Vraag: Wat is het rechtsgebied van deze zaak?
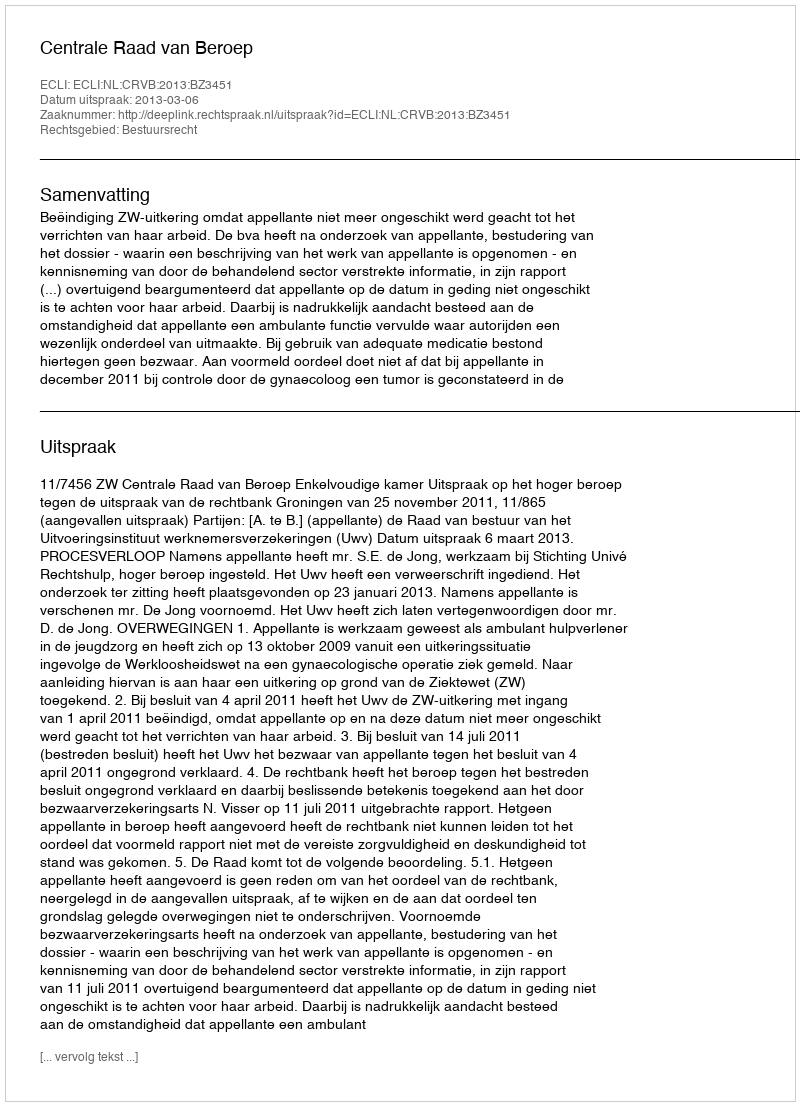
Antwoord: Bestuursrecht